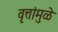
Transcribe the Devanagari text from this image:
वृत्तांमुळे